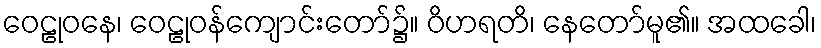
ဝေဠုဝနေ၊ ဝေဠုဝန်ကျောင်းတော်၌။ ဝိဟရတိ၊ နေတော်မူ၏။ အထခေါ၊